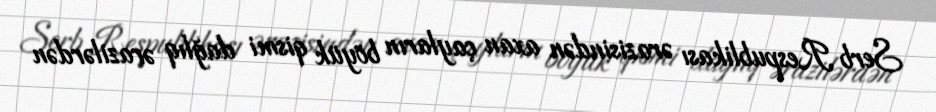
Serb Respublikası ərazisindən axan çayların böyük qismi dağlıq ərazilərdən